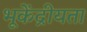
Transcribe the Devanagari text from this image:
भूकेंद्रीयता